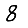
Digit: 8